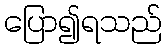
ပြော၍ရသည်